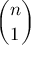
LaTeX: \binom { n } { 1 }